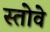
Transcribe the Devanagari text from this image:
स्तोवे